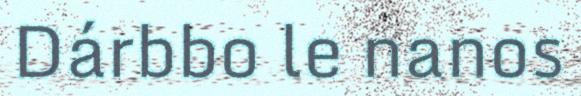
Dárbbo le nanos